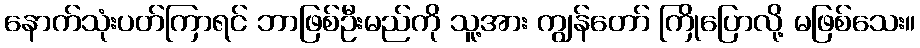
နောက်သုံးပတ်ကြာရင် ဘာဖြစ်ဦးမည်ကို သူ့အား ကျွန်တော် ကြိုပြောလို့ မဖြစ်သေး။